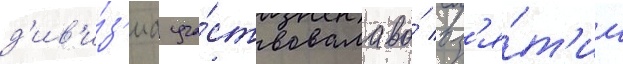
д'ив'и́з'иа уча́ствовала во́ вз'я́т'ии